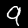
Digit: 9